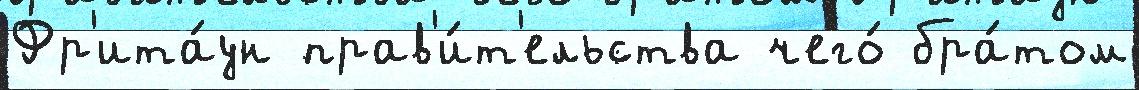
Фр'ита́ун прав'и́т'ельства чего́ бра́том